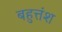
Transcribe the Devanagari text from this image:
बहुत्तंश